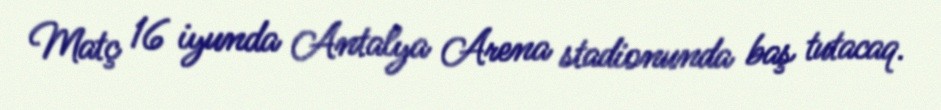
Matç 16 iyunda Antalya Arena stadionunda baş tutacaq.